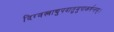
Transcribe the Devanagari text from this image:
दिग्वस्त्राद्युपदातुमुपाकर्षन्तम्‌।